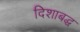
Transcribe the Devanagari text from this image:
दिशाबद्ध